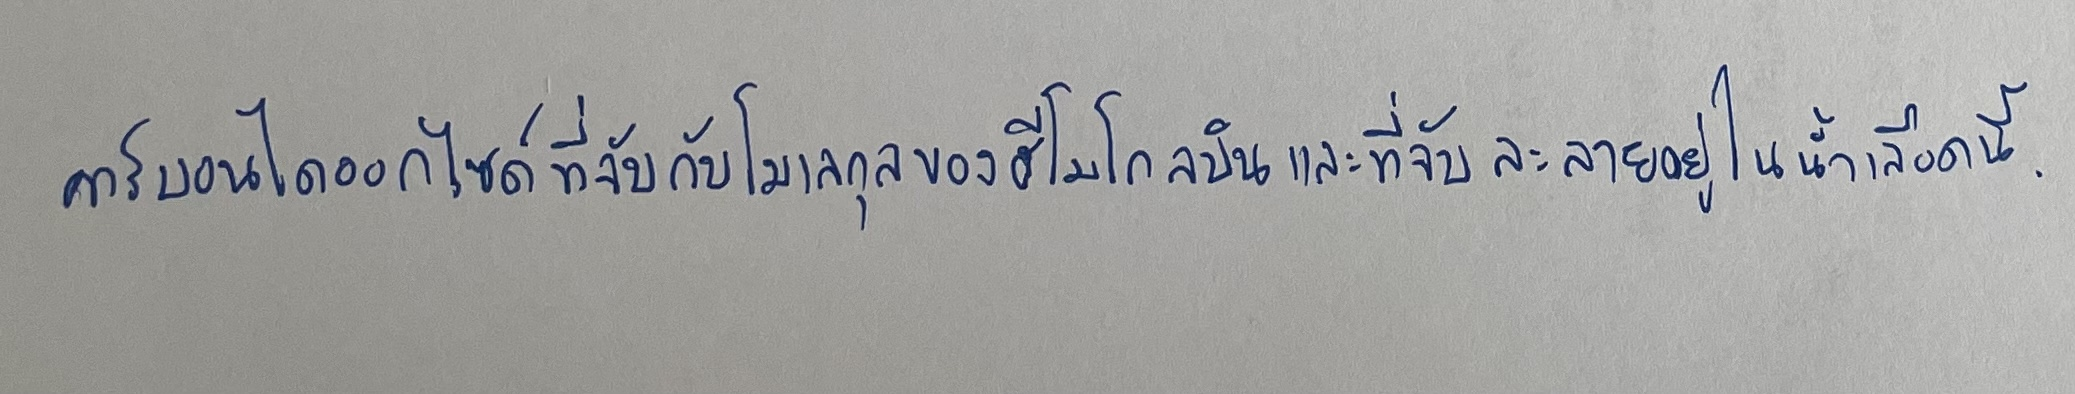
คาร์บอนไดออกไซด์ที่จับกับโมเลกุลของฮีโมโกลบินและที่ละลายอยู่ในน้ำเลือดนี้